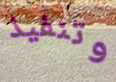
وتنفيذ